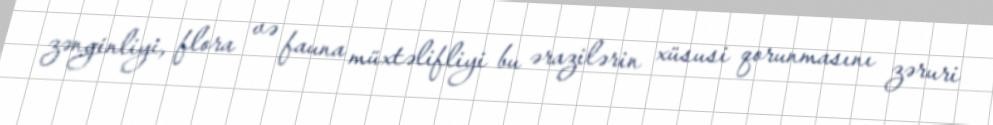
zənginliyi, flora və fauna müxtəlifliyi bu ərazilərin xüsusi qorunmasını zəruri